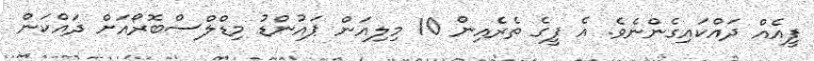
ފީއެއް ދައްކައިގެންނެވެ. އެ ފީގެ ތެރެއިން 10 މިލިއަން ޕައުންޑު މިޑްލްސްބޮރޯއަށް ދައްކަން